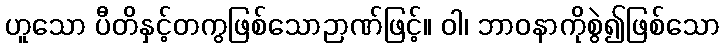
ဟူသော ပီတိနှင့်တကွဖြစ်သောဉာဏ်ဖြင့်။ ဝါ၊ ဘာဝနာကိုစွဲ၍ဖြစ်သော